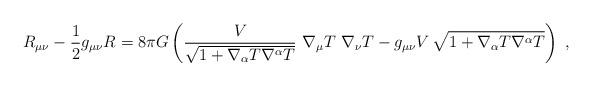
LaTeX: \begin{align*}R_{\mu \nu}-\frac{1}{2} g_{\mu \nu }R= 8\pi G \left(\frac{ V}{\sqrt {1 + \nabla_\alpha T \nabla^\alpha T }}\,\,\nabla_\mu T \,\, \nabla_\nu T - g_{\mu \nu } V \,\sqrt {1 + \nabla_\alpha T \nabla^\alpha T} \right) \ ,\end{align*}